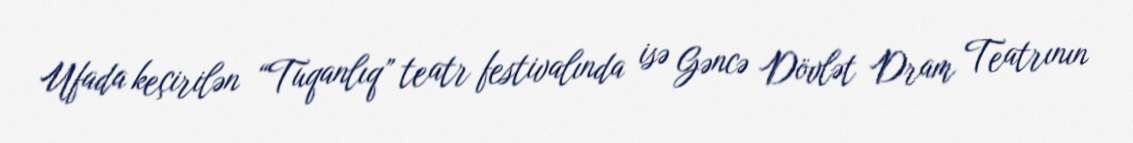
Ufada keçirilən “Tuqanlıq” teatr festivalında isə Gəncə Dövlət Dram Teatrının